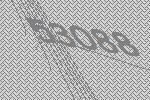
53088